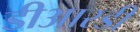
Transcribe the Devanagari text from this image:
डीआरडी